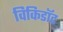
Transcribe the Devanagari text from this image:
विकिडॉट